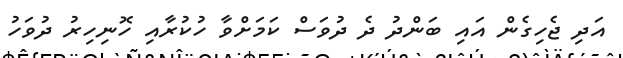
އަދި ޖެހިގެން އައި ބަންދު ދެ ދުވަސް ކަމަށްވާ ހުކުރާއި ހޮނިހިރު ދުވަހު